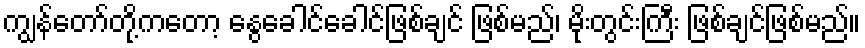
ကျွန်တော်တို့ကတော့ နွေခေါင်ခေါင်ဖြစ်ချင် ဖြစ်မည်၊ မိုးတွင်းကြီး ဖြစ်ချင်ဖြစ်မည်။